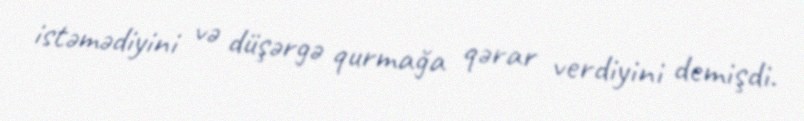
istəmədiyini və düşərgə qurmağa qərar verdiyini demişdi.